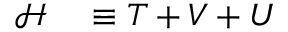
\begin{array} { r l } { \mathcal { H } } & { { } \equiv T + V + U } \end{array}